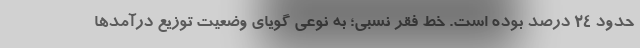
حدود ۲۴ درصد بوده است. خط فقر نسبی؛ به نوعی گویای وضعیت توزیع درآمدها